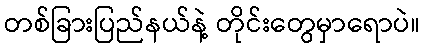
တစ်ခြားပြည်နယ်နဲ့ တိုင်းတွေမှာရောပဲ။